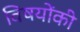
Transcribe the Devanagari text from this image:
विषयोंकी